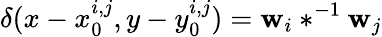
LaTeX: \delta(x-x_{0}^{i,j},y-y_{0}^{i,j})=\mathbf{w}_{i}\ast^{-1}\mathbf{w}_{j}